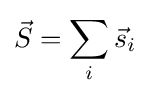
{\vec {S}}=\sum _{i}{\vec {s}}_{i}